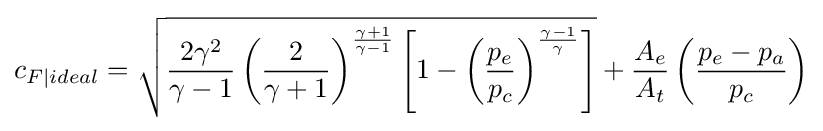
c_{F|ideal}={\sqrt {{\frac {2\gamma ^{2}}{\gamma -1}}\left({\frac {2}{\gamma +1}}\right)^{\frac {\gamma +1}{\gamma -1}}\left[1-\left({\frac {p_{e}}{p_{c}}}\right)^{\frac {{\gamma }-1}{\gamma }}\right]}}+{\frac {A_{e}}{A_{t}}}\left({\frac {p_{e}-p_{a}}{p_{c}}}\right)